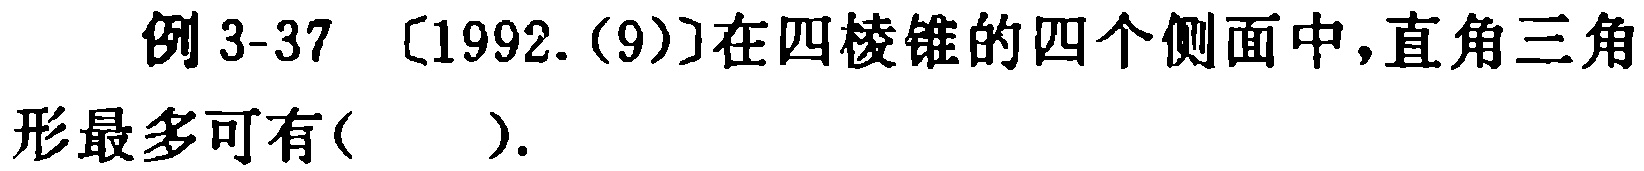
例3-37 [1992.(9)]在四棱锥的四个侧面中,直角三角形最多可有( ).